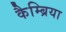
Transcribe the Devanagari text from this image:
कैम्ब्रिया